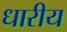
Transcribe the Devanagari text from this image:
धारीय